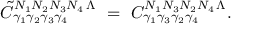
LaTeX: \tilde { C } _ { \gamma _ { 1 } \gamma _ { 2 } \gamma _ { 3 } \gamma _ { 4 } } ^ { N _ { 1 } N _ { 2 } N _ { 3 } N _ { 4 } \, \Lambda } \ = \ C _ { \gamma _ { 1 } \gamma _ { 3 } \gamma _ { 2 } \gamma _ { 4 } } ^ { N _ { 1 } N _ { 3 } N _ { 2 } N _ { 4 } \, \Lambda } .